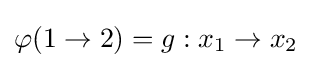
\varphi (1\to 2)=g:x_{1}\to x_{2}